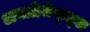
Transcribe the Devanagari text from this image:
अनप्रोजेक्ट्स